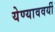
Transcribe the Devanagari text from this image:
येण्याववर्यी